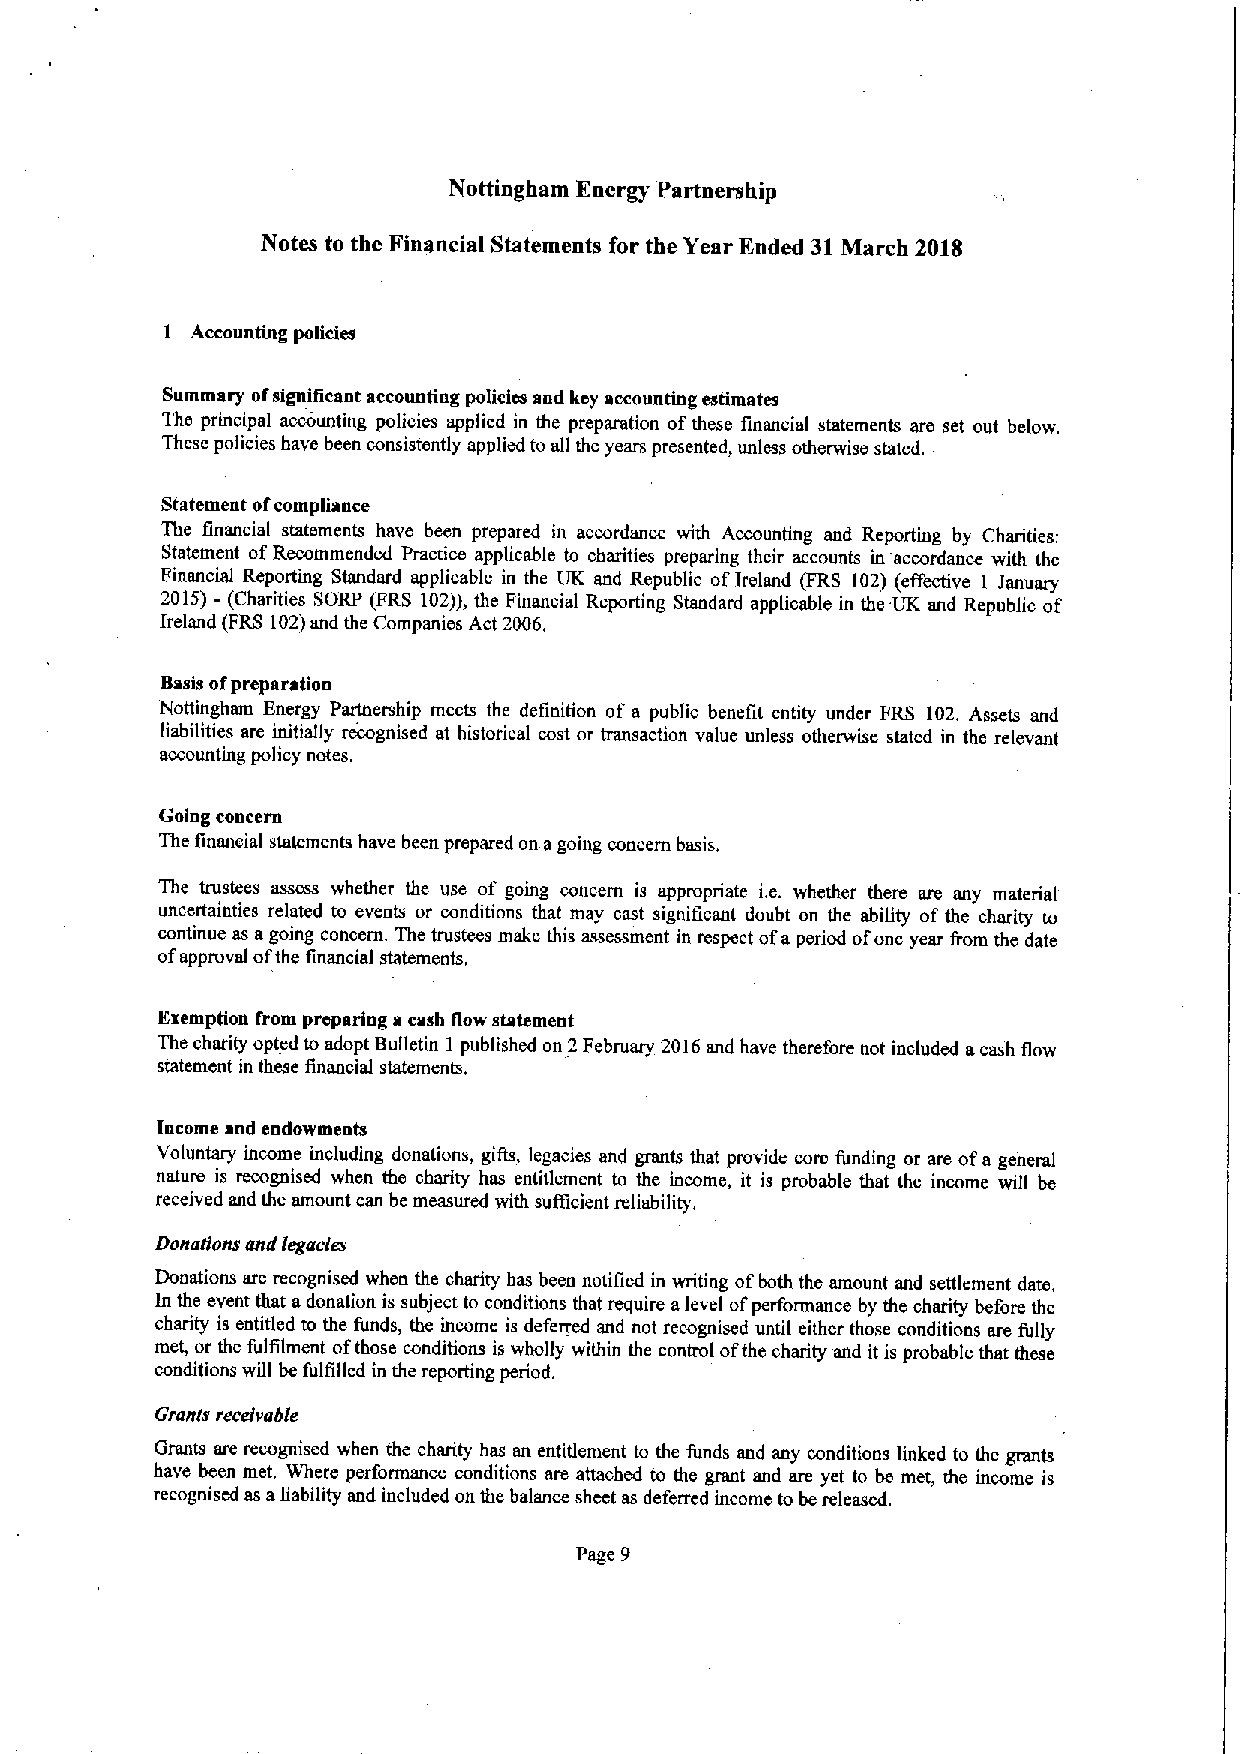
Nottingham Energy Partnership
 Notes to the Financial Statements for the Year Ended 31March 2018
 1 Accounting policies
 Summary ofsignificant accounting policies and key accounting estimates
 The principal accounting policies applied in the preparation ofthese financial statements are set out below,
 These policies have been consistently applied to all the years presented, unless otherwise stated.
 Statement ofcompliance
 'The financial statements have been prepared in accordance with Accounting and Reporting by Charities:
 Statement ofRecommended Practice applicable to charities preparing their accounts in accordance with the
 Financial Reporting Standard applicable in the UK and Republic ofIreland (FRS 102) (effective 1 lanuary
 2015)- (Charities SORP P'RS 102)),the Financial Reporting Standard applicable in the UK and Republic of
 Ireland (FRS 102)and the Companies Act 2006,
 Basis ofpreparation
 Nottingham Energy Partnership meets the definition of a public benefit entity under FRS 102. Assets and
 liabilities are initially recognised at historical cost or transaction value unless otherwise stated in the relevant
 accounting policy notes.
 Going concern
 The financial statements have been prepared on agoing concern basis,
 The trustees assess whether the use of going concern is appropriate i.e. whether there are any material
 uncertainties related to events or conditions that may cast significant doubt on the ability of the charity to
 continue as agoing concern. The trustees make this assessment in respect ofaperiod ofone year &om the date
 ofapproval ofthe financial statements,
 Exemption from preparing a cash flow statement
 The charity opted to adopt Bulletin I published on 2February 2016and have therefore not included acash flow
 statement in these financial statements,
 Iacome aad endowments
 Voluntary income including donations, gifts, legacies and grants that provide core funding or are ofa general
 nature is recognised when the charity has entitlement to the income, it is probable that the income will be
 received and the amount can be measured with sufficient reliability,
 Donations and legacies
 Donations are recognised when the charity has been notified in writing ofboth the amount and settlement date,
 In the event that adonation is subject to conditions that require alevel ofperformance by the charity before the
 charity is entitled to the funds, the income is deferred and not recognised until either those conditions are fully
 met, or the fulfilment ofthose conditions is wholly within the control ofthe charity and it is probable that these
 conditions will be fulfilled in the reporting period.
 Grants receivable
 Grants are recognised when the charity has an entitlement to the funds and any conditions linked to the grants
 have been inet. Where performance conditions are attached to the grant and are yet to be met, the incoine is
 recognised as aliability and included on the balance sheet as deferred income to be released.
 Page 9